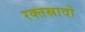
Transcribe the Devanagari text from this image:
रक्‍तस्रावों